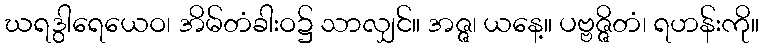
ဃရဒွါရေယေဝ၊ အိမ်တံခါးဝ၌ သာလျှင်။ အဇ္ဇ၊ ယနေ့။ ပဗ္ဗဇ္ဇိတံ၊ ရဟန်းကို။